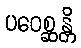
ပဝေစ္ဆန္တိ